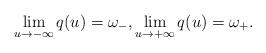
LaTeX: \begin{align*}\lim_{u\to-\infty}q(u)=\omega_{-},\lim_{u\to+\infty}q(u)=\omega_{+}.\end{align*}